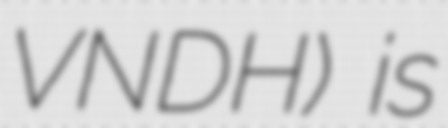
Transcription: VNDH) is